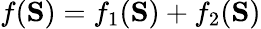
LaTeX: f(\mathbf{S})=f_{1}(\mathbf{S})+f_{2}(\mathbf{S})